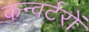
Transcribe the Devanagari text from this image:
कन्वर्टरों